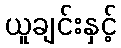
ယူချင်းနှင့်